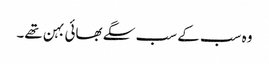
وہ سب کے سب سگے بھائی بہن تھے۔